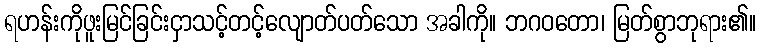
ရဟန်းကိုဖူးမြင်ခြင်းငှာသင့်တင့်လျောတ်ပတ်သော အခါကို။ ဘဂဝတော၊ မြတ်စွာဘုရား၏။